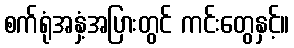
စက်ရုံအနှံ့အပြားတွင် ကင်းတွေနှင့်။